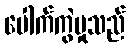
ပေါက်ကွဲမှုသည်